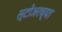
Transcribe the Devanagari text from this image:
स्टोअरच्या